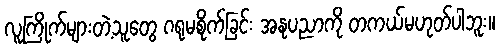
လူကြိုက်များတဲ့သူတွေ ဂရုမစိုက်ခြင်း အနုပညာကို တကယ်မဟုတ်ပါဘူး။